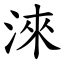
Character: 淶